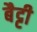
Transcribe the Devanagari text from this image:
बैट्टी